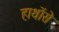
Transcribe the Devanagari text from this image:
हाथोंसे